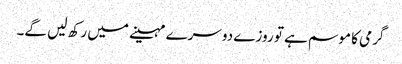
گرمی کا موسم ہے تو روزے دوسرے مہینے میں رکھ لیں گے۔